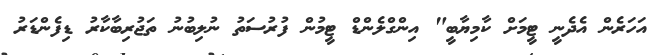
އަހަރެން އެދެނީ ޓީމަށް ކާމިޔާބީ" އިންގްލެންޑް ޓީމުން ފުރުސަތު ނުލިބުނު ތަޖުރިބާކާރު ޑިފެންޑަރު